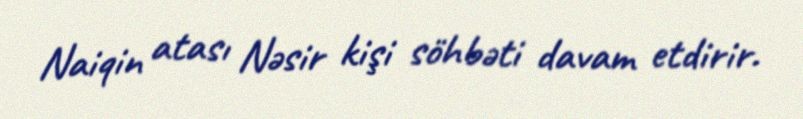
Naiqin atası Nəsir kişi söhbəti davam etdirir.